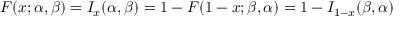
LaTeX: F ( x ; \alpha , \beta ) = I _ { x } ( \alpha , \beta ) = 1 - F ( 1 - x ; \beta , \alpha ) = 1 - I _ { 1 - x } ( \beta , \alpha )